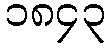
၁၈၄၃